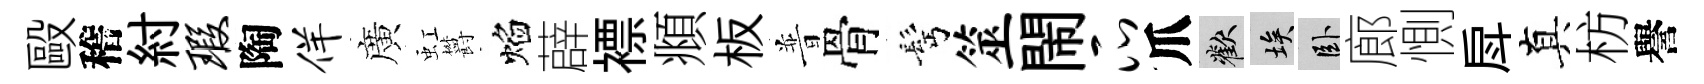
毆稽紂瑕陶佯廣虹欝焰薜褾頫板普骨髩筮閙瓜爪歡埃卧廊惻戽真枋譽